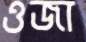
ওজা